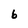
Character: 6